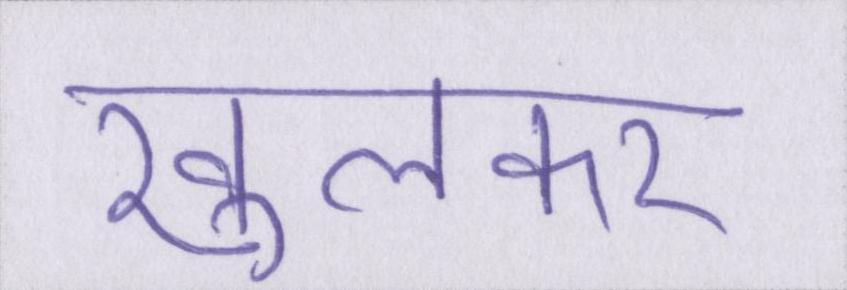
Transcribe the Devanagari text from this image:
खुलकर